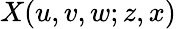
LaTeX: X(u,v,w;z,x)